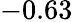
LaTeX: -0.63